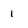
Character: 1